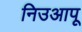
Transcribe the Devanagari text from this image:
निउआपू